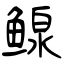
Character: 鳈